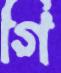
গি